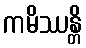
ကမိဿန္တိ